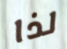
لذا